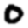
Digit: 0